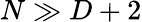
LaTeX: N\gg D+2